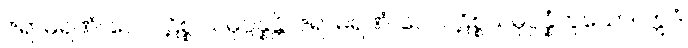
ဇရာမရဏံ၊ ပေ။ ပဋိစ္စ သမုပ္ပန္နန္တိ၊ ဇရာမရဏံ၊ ပေ။ ပဋိစ္စသမုပ္ပန္နံဟူသော။ ဣဒံ